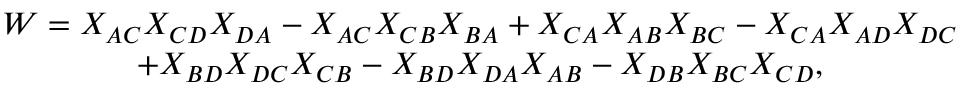
\begin{array} { c } { { W = X _ { A C } X _ { C D } X _ { D A } - X _ { A C } X _ { C B } X _ { B A } + X _ { C A } X _ { A B } X _ { B C } - X _ { C A } X _ { A D } X _ { D C } } } \\ { { + X _ { B D } X _ { D C } X _ { C B } - X _ { B D } X _ { D A } X _ { A B } - X _ { D B } X _ { B C } X _ { C D } , } } \end{array}